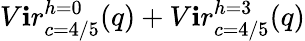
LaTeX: {V\mathbf{i}r_{c=4/5}^{h=0}(q)+V\mathbf{i}r_{c=4/5}^{h=3}(q)}